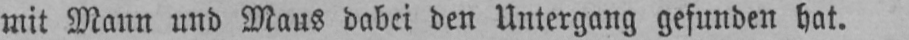
mit Mann und Maus dabei den Untergang gefunden hat.